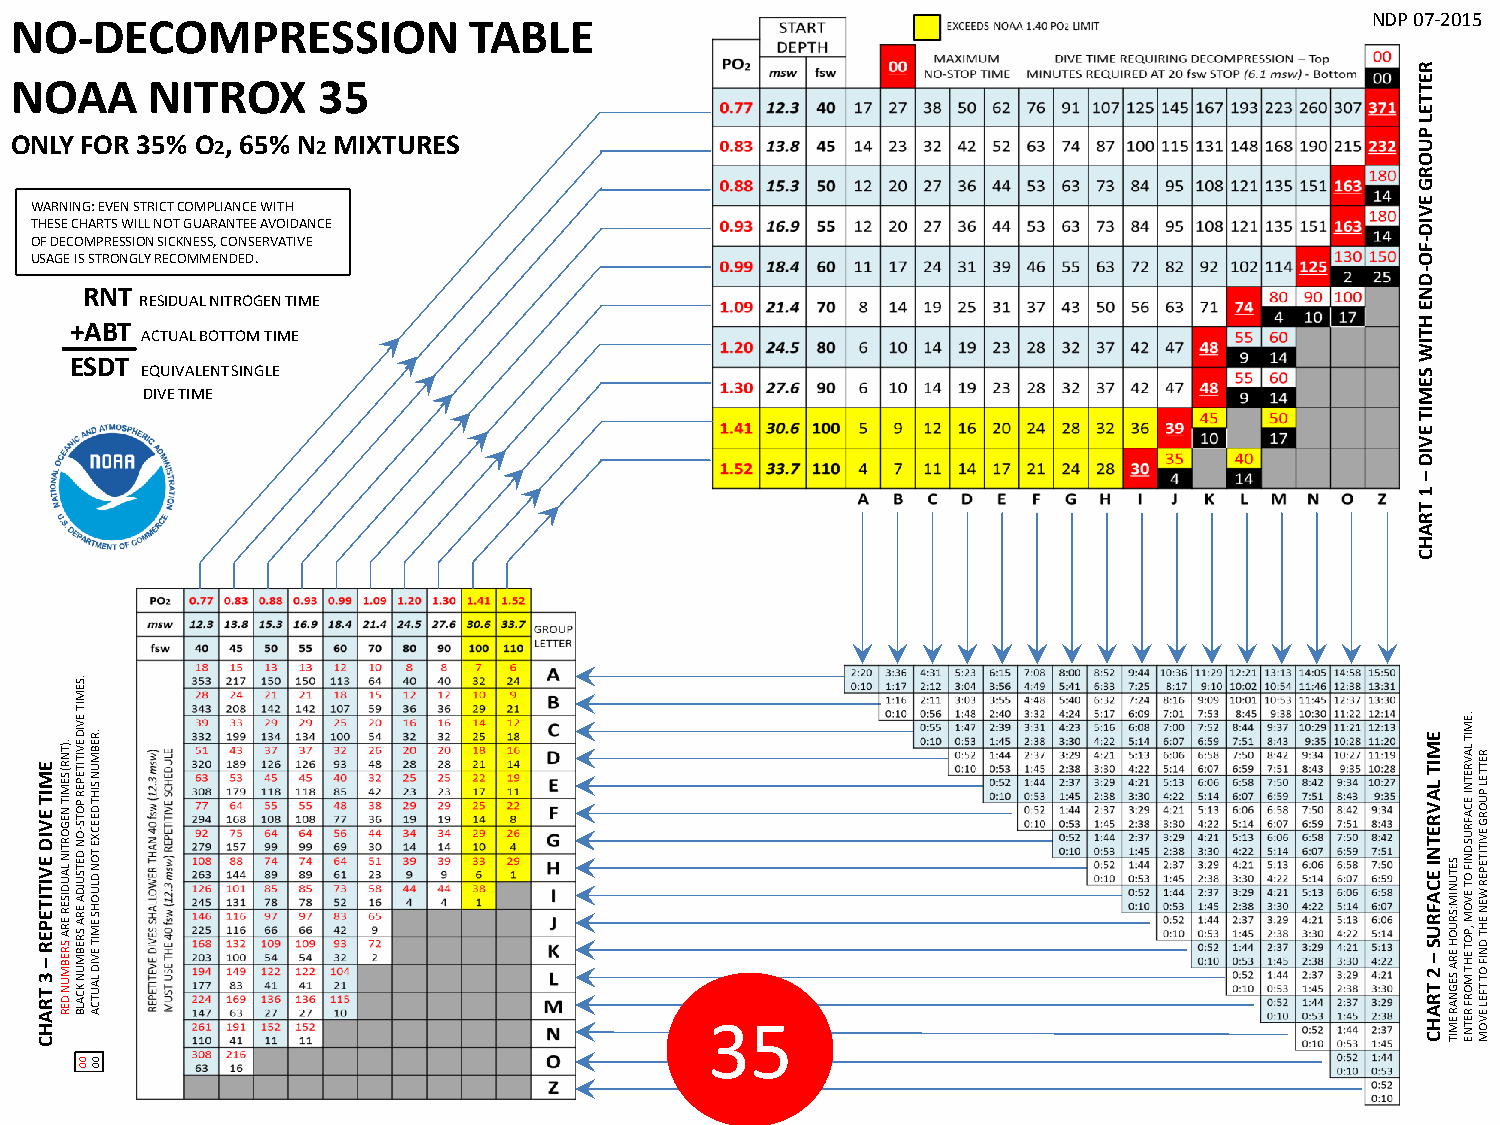
NO-DECOMPRESSION              TABLE                                                    AWD NDP 07-2015
 R
 NOAA     NITROX     35                                                                       E
 T
 T
 E
 L
 ONLY FOR 35% O2, 65% N2 MIXTURES                                                             P U
 O
 R
 G
 WARNING: EVEN STRICT COMPLIANCE WITH                                                        E V
 THESE CHARTS WILL NOT GUARANTEE AVOIDANCE                                                   ID
 OF DECOMPRESSION SICKNESS, CONSERVATIVE                                                     -
 F
 USAGE IS STRONGLY RECOMMENDED.                                                              O
 -
 D
 RNT                                                                                      N
 RESIDUAL NITROGEN TIME                                                               E
 +ABT
 ACTUAL BOTTOM TIME
 H
 T
 IW
 ESDT
 EQUIVALENT SINGLE                                                                    S
 E
 DIVE TIME                                                                            M
 IT
 E
 V
 ID
 –
 1
 T
 R
 A
 H
 C
 .SE
 M
 E M IT E V ID E V I 3T I TT RE AP HE R C– .)TN R ( SE M IT N EG O R T IN SL RA EU BD MIS UE NR DE R
 E
 A
 R
 O N D ETSU
 JDIT
 A
 E EV
 RI AD
 SE RV EIT BI MTE UP NER
 K
 P
 C
 O
 A
 LT BS -
 .R
 EB M U N SIH T D EEC X E TO N D LU O H S E M IT EV ID LA
 U T C A                                  35
 E
 M IT L A V R E T N I E 2C TA RF AR HU C–S SETU N IM :SR U O H ER A SEG
 N A R EM
 IT
 .EM
 IT
 LA V R ETN I EC A FR U S D N IF O T EV O M ,P O T EH T M
 O R F R ETN
 E
 R ETTEL P U O R G EV IT ITE P ER W EN EH T D N IF O T
 TFEL EV
 O
 M
 00 00